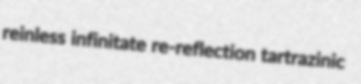
reinless infinitate re-reflection tartrazinic